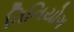
વિનિયોગ